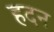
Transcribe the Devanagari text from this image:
हदन